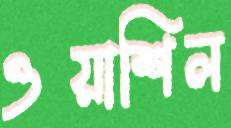
ওয়াশিল